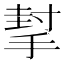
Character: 㨍